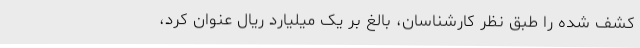
کشف شده را طبق نظر کارشناسان، بالغ بر یک میلیارد ریال عنوان کرد،